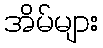
အိမ်များ